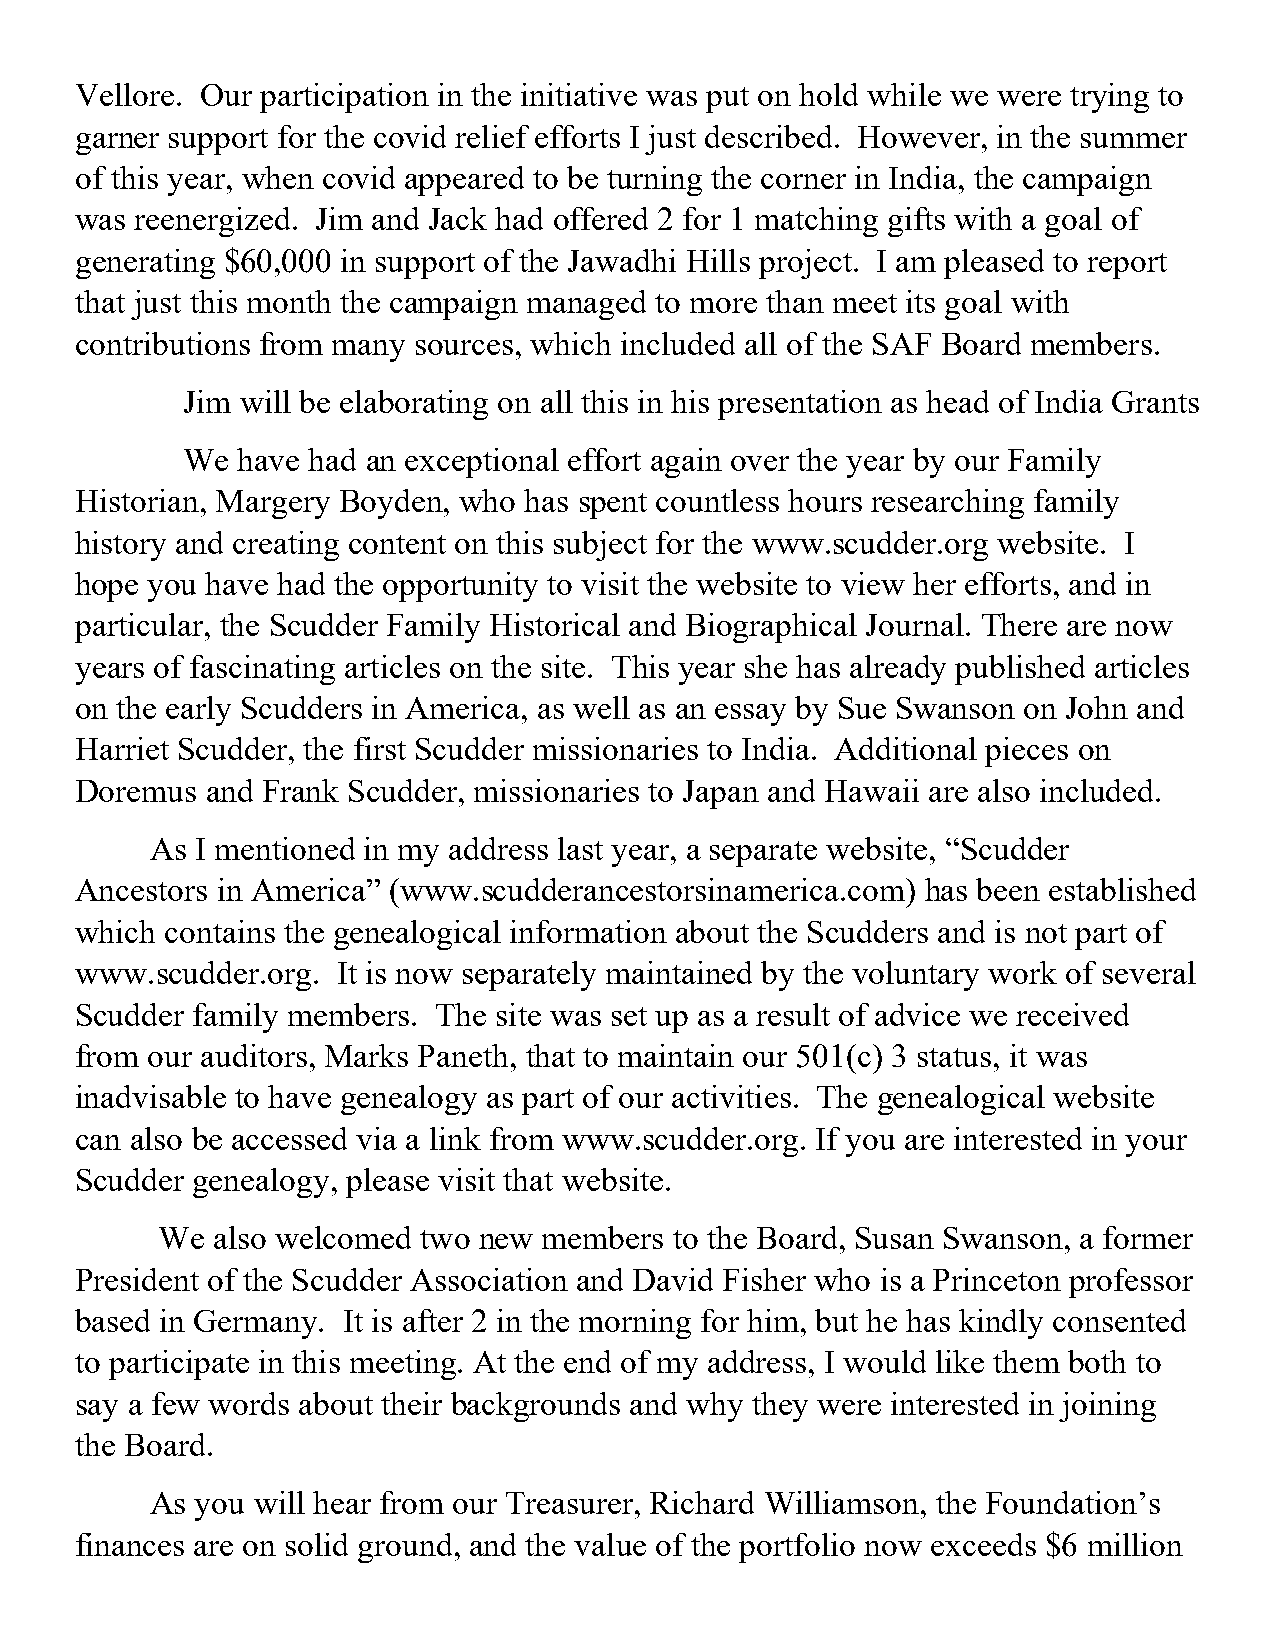
Vellore. Our participation in the initiative was put on hold while we were trying to
 garner support for the covid relief efforts I just described. However, in the summer
 of this year, when covid appeared to be turning the corner in India, the campaign
 was reenergized. Jim and Jack had offered 2 for 1 matching gifts with a goal of
 generating $60,000 in support of the Jawadhi Hills project. I am pleased to report
 that just this month the campaign managed to more than meet its goal with
 contributions from many sources, which included all of the SAF Board members.
 Jim will be elaborating on all this in his presentation as head of India Grants
 We  have had an exceptional effort again over the year by our Family
 Historian, Margery Boyden, who has spent countless hours researching family
 history and creating content on this subject for the www.scudder.org website. I
 hope you have had the opportunity to visit the website to view her efforts, and in
 particular, the Scudder Family Historical and Biographical Journal. There are now
 years of fascinating articles on the site. This year she has already published articles
 on the early Scudders in America, as well as an essay by Sue Swanson on John and
 Harriet Scudder, the first Scudder missionaries to India. Additional pieces on
 Doremus  and Frank Scudder, missionaries to Japan and Hawaii are also included.
 As I mentioned in my address last year, a separate website, “Scudder
 Ancestors in America” (www.scudderancestorsinamerica.com) has been established
 which contains the genealogical information about the Scudders and is not part of
 www.scudder.org. It is now separately maintained by the voluntary work of several
 Scudder family members. The site was set up as a result of advice we received
 from our auditors, Marks Paneth, that to maintain our 501(c) 3 status, it was
 inadvisable to have genealogy as part of our activities. The genealogical website
 can also be accessed via a link from www.scudder.org. If you are interested in your
 Scudder genealogy, please visit that website.
 We  also welcomed two new members  to the Board, Susan Swanson, a former
 President of the Scudder Association and David Fisher who is a Princeton professor
 based in Germany. It is after 2 in the morning for him, but he has kindly consented
 to participate in this meeting. At the end of my address, I would like them both to
 say a few words about their backgrounds and why they were interested in joining
 the Board.
 As you will hear from our Treasurer, Richard Williamson, the Foundation’s
 finances are on solid ground, and the value of the portfolio now exceeds $6 million